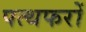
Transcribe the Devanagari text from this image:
पत्थफरों